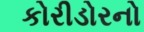
કોરીડોરનો